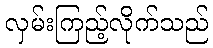
လှမ်းကြည့်လိုက်သည်